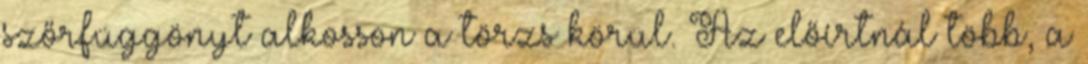
szőrfüggönyt alkosson a törzs körül. Az előírtnál több, a